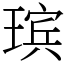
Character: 瑸